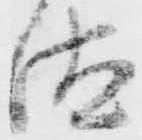
汰